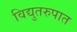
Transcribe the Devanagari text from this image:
विद्युतरुपात